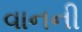
વાનની